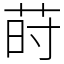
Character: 莳